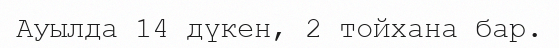
Ауылда 14 дүкен, 2 тойхана бар.